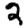
Digit: 2